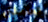
تعاملني